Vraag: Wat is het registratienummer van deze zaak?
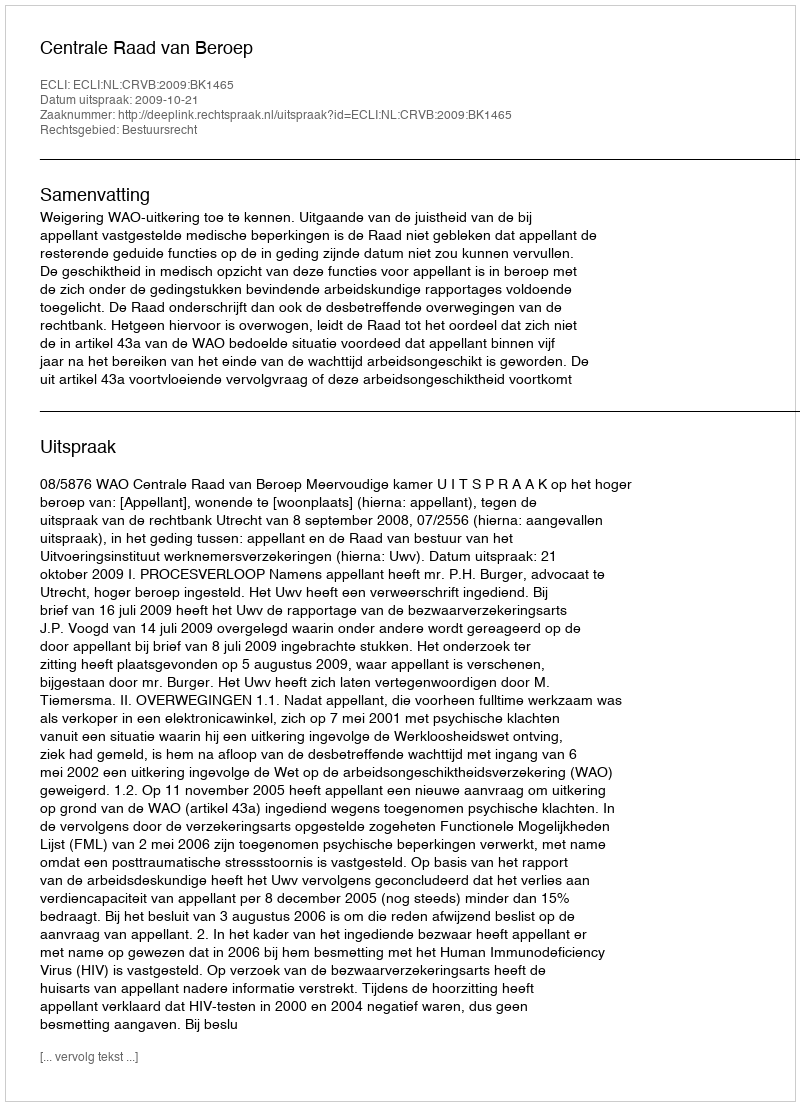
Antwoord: http://deeplink.rechtspraak.nl/uitspraak?id=ECLI:NL:CRVB:2009:BK1465